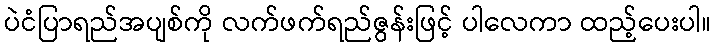
ပဲငံပြာရည်အပျစ်ကို လက်ဖက်ရည်ဇွန်းဖြင့် ပါလေကာ ထည့်ပေးပါ။